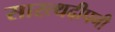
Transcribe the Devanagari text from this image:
सारत्थदीपनी